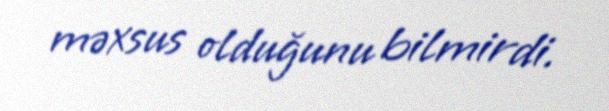
məxsus olduğunu bilmirdi.